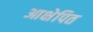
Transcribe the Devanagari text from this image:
आक्षेपित